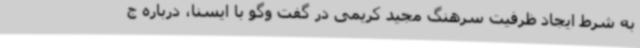
به شرط ایجاد ظرفیت سرهنگ مجید کریمی در گفت وگو با ایسنا، درباره ج